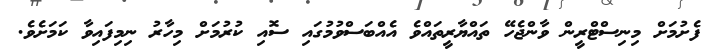
ފެށުމަށް މިނިސްޓްރީން ވާންޖެހޭ ތައްޔާރީތައްވެ އެއްބަސްވުމުގައި ސޮއި ކުރުމަށް މިހާރު ނިމިފައިވާ ކަމަށެވެ.